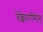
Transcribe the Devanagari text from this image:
तेक्केपरम्पिल्